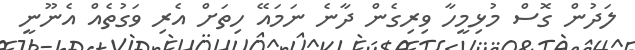
ލަދުން ގޮސް މުޅިމީހާ ވިރިގެން ދާނެ ނަމައޭ ހިތަށް އެރި ވަގުތެއް އެނޫނީ